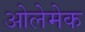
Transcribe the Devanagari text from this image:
ओलेमेक